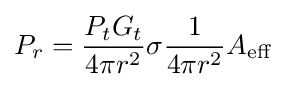
P_{r}={{P_{t}G_{t}} \over {4\pi r^{2}}}\sigma {{1} \over {4\pi r^{2}}}A_{\mathrm {eff} }